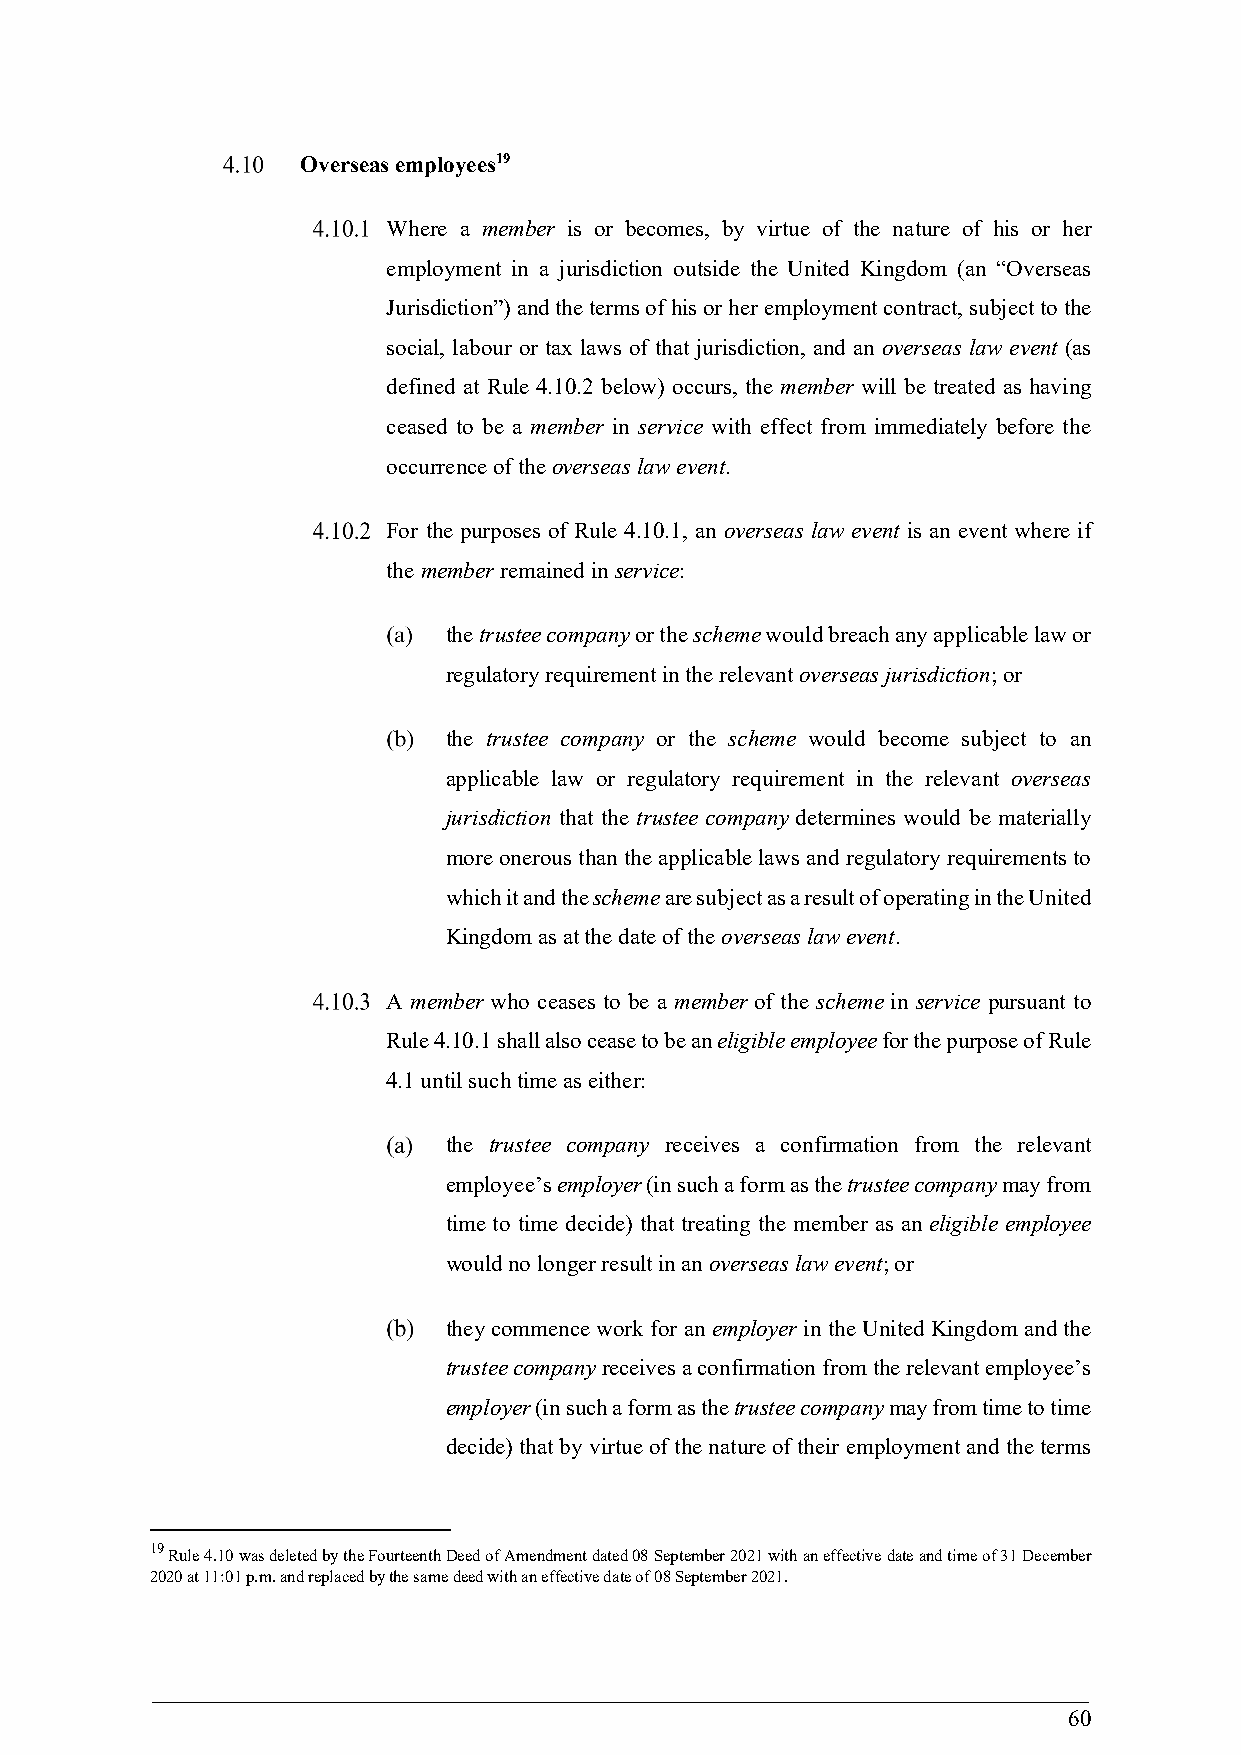
Overseas employees19
 Where a member is or becomes, by virtue of the nature of his or her
 employment in a jurisdiction outside the United Kingdom (an “Overseas
 Jurisdiction”) and the terms of his or her employment contract, subject to the
 social, labour or tax laws of that jurisdiction, and an overseas law event (as
 defined at Rule 4.10.2 below) occurs, the member will be treated as having
 ceased to be a member in service with effect from immediately before the
 occurrence of the overseas law event.
 For the purposes of Rule 4.10.1, an overseas law event is an event where if
 the member remained in service:
 the trustee company or the scheme would breach any applicable law or
 regulatory requirement in the relevant overseas jurisdiction; or
 the trustee company or the scheme would become subject to an
 applicable law or regulatory requirement in the relevant overseas
 jurisdiction that the trustee company determines would be materially
 more onerous than the applicable laws and regulatory requirements to
 which it and the scheme are subject as a result of operating in the United
 Kingdom as at the date of the overseas law event.
 A member who ceases to be a member of the scheme in service pursuant to
 Rule 4.10.1 shall also cease to be an eligible employee for the purpose of Rule
 4.1 until such time as either:
 the trustee company receives a confirmation from the relevant
 employee’s employer (in such a form as the trustee company may from
 time to time decide) that treating the member as an eligible employee
 would no longer result in an overseas law event; or
 they commence work for an employer in the United Kingdom and the
 trustee company receives a confirmation from the relevant employee’s
 employer (in such a form as the trustee company may from time to time
 decide) that by virtue of the nature of their employment and the terms
 19
 Rule 4.10 was deleted by the Fourteenth Deed of Amendment dated 08 September 2021 with an effective date and time of 31 December
 2020 at 11:01 p.m. and replaced by the same deed with an effective date of 08 September 2021.
 60